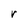
Character: r